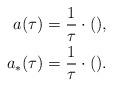
LaTeX: \begin{align*}a(\tau)=\frac 1\tau\cdot(),\\a_*(\tau)=\frac 1\tau\cdot().\end{align*}